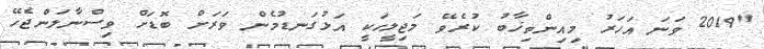
"2019 ވަނަ އަހަރު މިިއިންތިޚާބު ކުރެވޭ މަޖިލީހަކީ އަޅުގަނޑުމެން ވަރަށް ބޮޑަށް ވިސްނާލަންޖެހޭ